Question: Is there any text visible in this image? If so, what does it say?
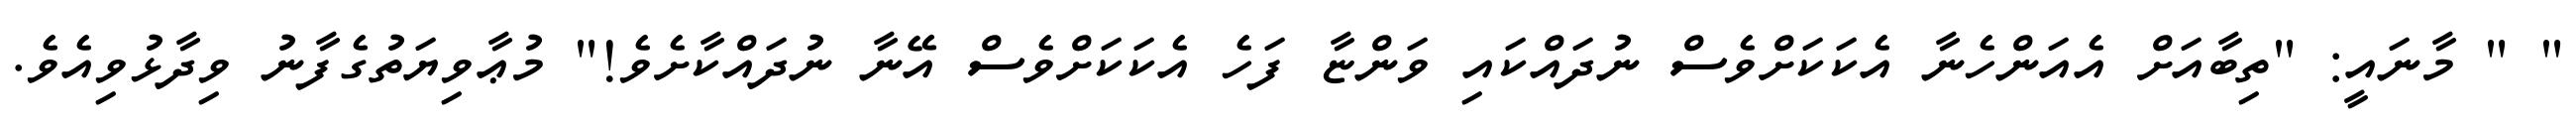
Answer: " " މާނައީ: "ތިބާއަށް އެއަންހެނާ އެކަކަށްވެސް ނުދައްކައި ވަންޏާ ފަހެ އެކަކަށްވެސް އޭނާ ނުދައްކާށެވެ!" މުޢާވިޔަތުގެފާނު ވިދާޅުވިއެވެ.